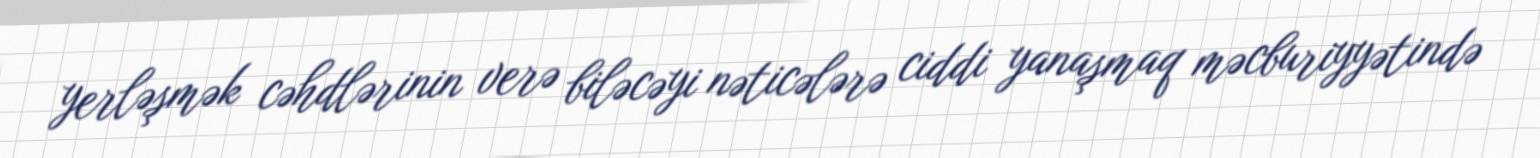
yerləşmək cəhdlərinin verə biləcəyi nəticələrə ciddi yanaşmaq məcburiyyətində